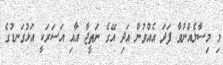
މި މިސާލެއްނުވާ ފަދަ އެއްވުން އަދި އޭގެ ނަތީޖާ އާއި އަސަރަކީ އަޅުގަނޑުގެ